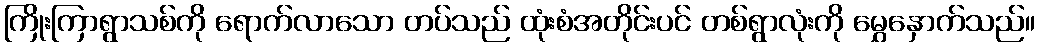
ကြိုးကြာရွာသစ်ကို ရောက်လာသော တပ်သည် ထုံးစံအတိုင်းပင် တစ်ရွာလုံးကို မွှေနှောက်သည်။